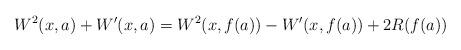
LaTeX: \begin{align*}W^2(x,a)+W'(x,a)=W^2(x,f(a))-W'(x,f(a))+2R(f(a))\end{align*}